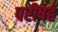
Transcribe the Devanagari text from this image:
परीषह